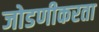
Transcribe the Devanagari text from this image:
जोडणीकरता